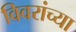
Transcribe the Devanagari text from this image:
विवरांच्या